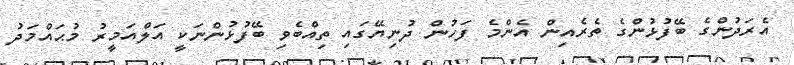
އެރަދުންގެ ބޭފުޅުންގެ ތެރެއިން އެންމެ ފަހުން ދުނިޔޭގައި ތިއްބެވި ބޭފުޅުންނަކީ އަލްއަމީރު މުޙައްމަދު